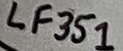
Text: LF351